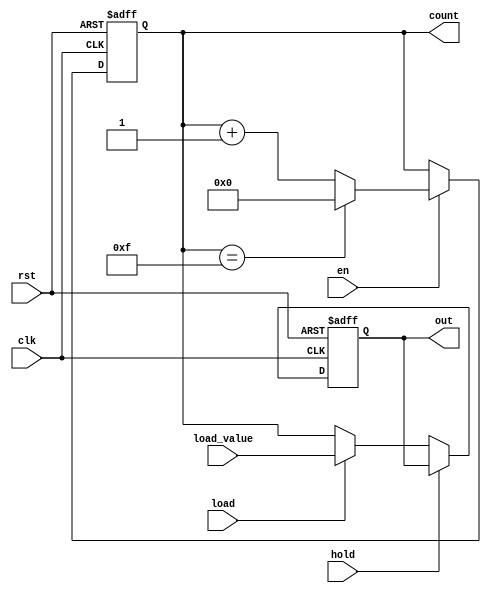
module synchronous_counter (
    input wire clk,           // Clock signal
    input wire rst,           // Asynchronous reset signal
    input wire en,            // Enable signal for counting
    input wire hold,          // Hold signal to latch the output
    input wire load,          // Load signal to load a specific value
    input wire [3:0] load_value, // Value to load into the counter
    output reg [3:0] count,   // Counter output
    output reg [3:0] out      // Final output based on control logic
);

    // Counter logic
    always @(posedge clk or posedge rst) begin
        if (rst) begin
            count <= 4'b0000; // Reset counter to 0
        end else if (en) begin
            if (count == 4'b1111) begin
                count <= 4'b0000; // Wrap around on overflow
            end else begin
                count <= count + 1; // Increment counter
            end
        end
    end

    // Output control logic
    always @(posedge clk or posedge rst) begin
        if (rst) begin
            out <= 4'b0000; // Reset output to 0
        end else if (hold) begin
            // Hold the current output value
            out <= out; // No change
        end else if (load) begin
            // Load a specific value into the counter
            out <= load_value; // Load the specified value
        end else begin
            // Update output with current count if not held
            out <= count; // Reflect current count
        end
    end

endmodule